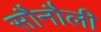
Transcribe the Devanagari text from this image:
सौनौली